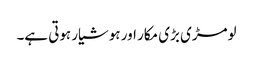
لومڑی بڑی مکار اور ہوشیار ہوتی ہے۔